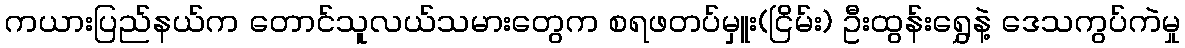
ကယားပြည်နယ်က တောင်သူလယ်သမားတွေက စရဖတပ်မှူး(ငြိမ်း) ဦးထွန်းရွှေနဲ့ ဒေသကွပ်ကဲမှု